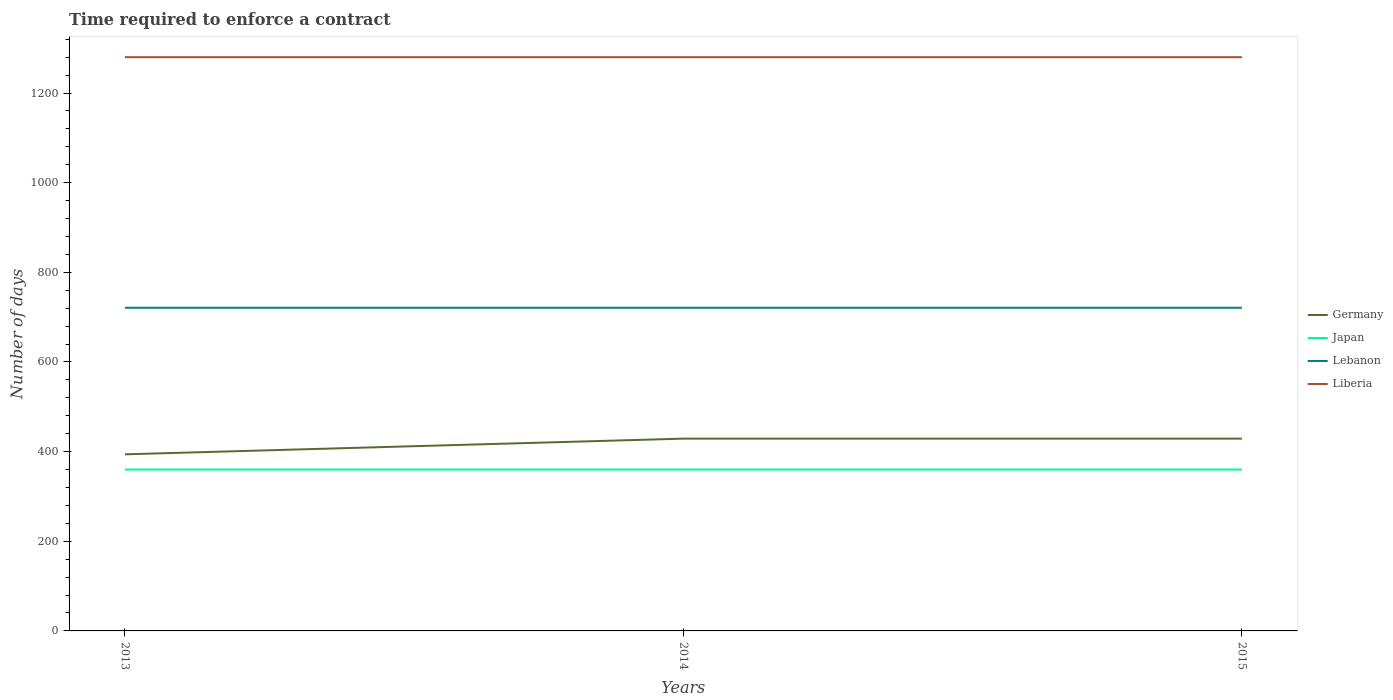
| Years | Germany | Japan | Lebanon | Liberia |
 | --- | --- | --- | --- | --- |
 | 2013 | 394 | 360 | 721 | 1.28e+03 |
 | 2014 | 429 | 360 | 721 | 1.28e+03 |
 | 2015 | 429 | 360 | 721 | 1.28e+03 |